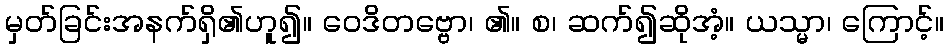
မှတ်ခြင်းအနက်ရှိ၏ဟူ၍။ ဝေဒိတဗ္ဗော၊ ၏။ စ၊ ဆက်၍ဆိုအံ့။ ယသ္မာ၊ ကြောင့်။